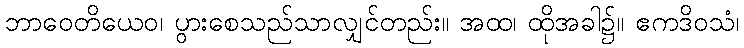
ဘာဝေတိယေဝ၊ ပွားစေသည်သာလျှင်တည်း။ အထ၊ ထိုအခါ၌။ ဧကဒိဝသံ၊